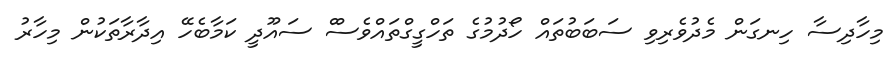
މިހާދިސާ ހިނގަން މެދުވެރިވި ސަބަބުތައް ހޯދުމުގެ ތަހްގީގްތައްވެސްް ސައޫދީ ކަމާބެހޭ އިދާރާތަކުން މިހާރު